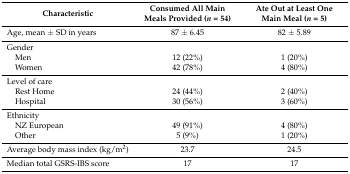
<table><thead><tr><td><b>Characteristic</b></td><td><b>Consumed All Main Meals Provided (<i>n</i> = 54)</b></td><td><b>Ate Out at Least One Main Meal (<i>n</i> = 5)</b></td></tr></thead><tbody><tr><td>Age, mean ± SD in years</td><td>87 ± 6.45</td><td>82 ± 5.89</td></tr><tr><td>Gender</td><td></td><td></td></tr><tr><td> Men</td><td>12 (22%)</td><td>1 (20%)</td></tr><tr><td> Women</td><td>42 (78%)</td><td>4 (80%)</td></tr><tr><td>Level of care</td><td></td><td></td></tr><tr><td> Rest Home</td><td>24 (44%)</td><td>2 (40%)</td></tr><tr><td> Hospital</td><td>30 (56%)</td><td>3 (60%)</td></tr><tr><td>Ethnicity</td><td></td><td></td></tr><tr><td> NZ European</td><td>49 (91%)</td><td>4 (80%)</td></tr><tr><td> Other</td><td>5 (9%)</td><td>1 (20%)</td></tr><tr><td>Average body mass index (kg/m<sup>2</sup>)</td><td>23.7</td><td>24.5</td></tr><tr><td>Median total GSRS-IBS score</td><td>17</td><td>17</td></tr></tbody></table>